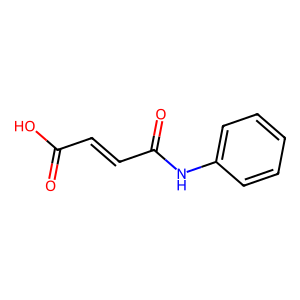
SMILES: O=C(O)C=CC(=O)Nc1ccccc1
Inhibits HIV replication: No